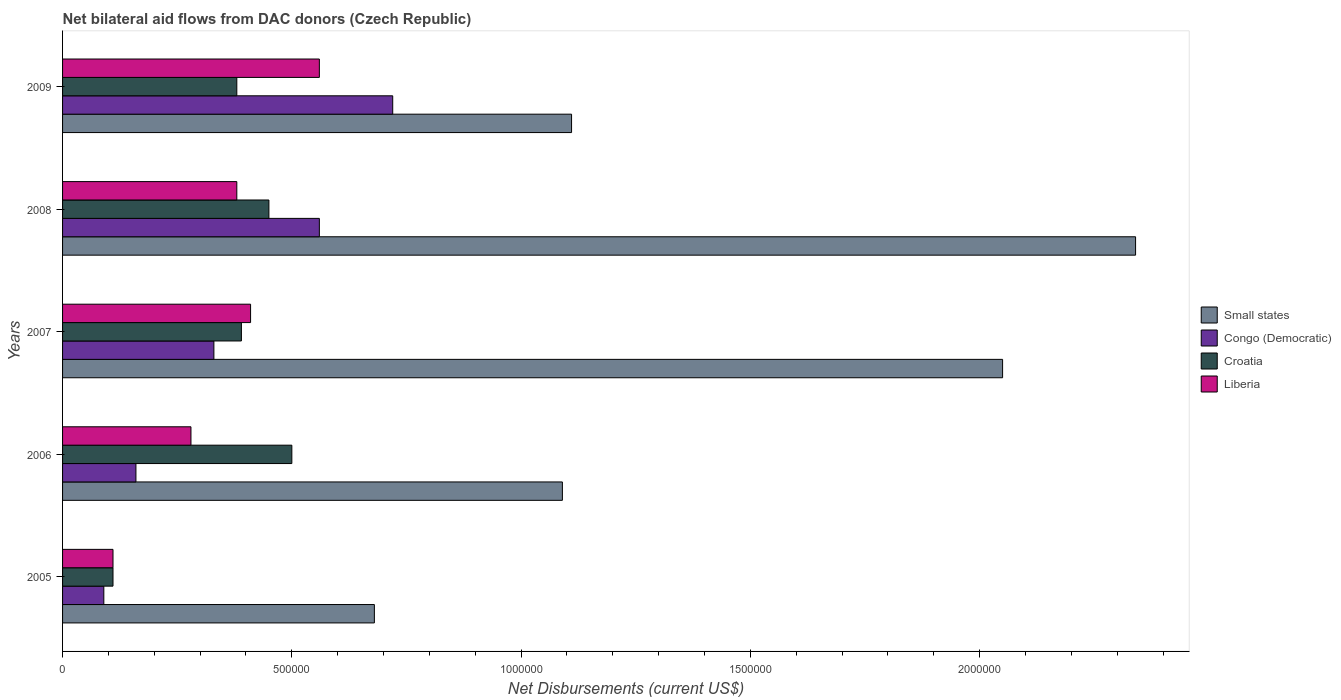
| Years | Small states | Congo (Democratic) | Croatia | Liberia |
 | --- | --- | --- | --- | --- |
 | 2005 | 6.8e+05 | 9e+04 | 1.1e+05 | 1.1e+05 |
 | 2006 | 1.09e+06 | 1.6e+05 | 5e+05 | 2.8e+05 |
 | 2007 | 2.05e+06 | 3.3e+05 | 3.9e+05 | 4.1e+05 |
 | 2008 | 2.34e+06 | 5.6e+05 | 4.5e+05 | 3.8e+05 |
 | 2009 | 1.11e+06 | 7.2e+05 | 3.8e+05 | 5.6e+05 |